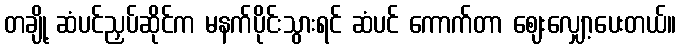
တချို့ ဆံပင်ညှပ်ဆိုင်က မနက်ပိုင်းသွားရင် ဆံပင် ကောက်တာ ဈေးလျှော့ပေးတယ်။